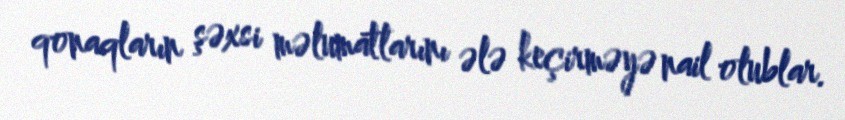
qonaqların şəxsi məlumatlarını ələ keçirməyə nail olublar.